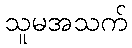
သူမအသက်